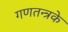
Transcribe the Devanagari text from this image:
गणतन्त्रके